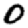
Digit: 0